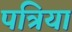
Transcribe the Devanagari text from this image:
पत्रिया